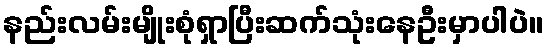
နည်းလမ်းမျိုးစုံရှာပြီးဆက်သုံးနေဦးမှာပါပဲ။